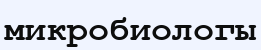
микробиологы